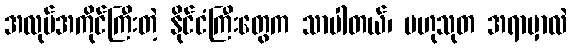
အလုပ်အကိုင်ကြီးတဲ့ နိုင်ငံကြီးတွေက သာပါတယ်၊ ဗဟုသုတ အရာမှာလဲ